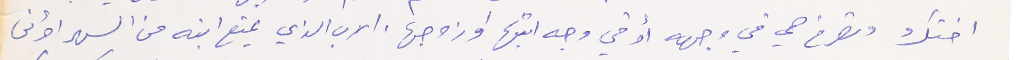
اختك وتصرخ هي في وجهه أو في وجه ابنها او زوجها، الاب الذي يمنع ابنه من السهر أو من